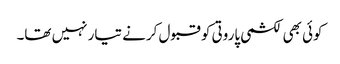
کوئی بھی لکشمی پاروتی کو قبول کرنے تیار نہیں تھا۔